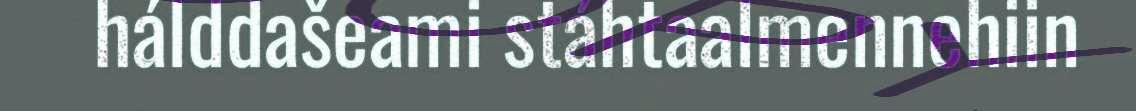
hálddašeami stáhtaalmennehiin